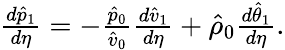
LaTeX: \begin{array}{r}{\frac{d\hat{p}_{1}}{d\eta}=-\frac{\hat{p}_{0}}{\hat{v}_{0}}\frac{d\hat{v}_{1}}{d\eta}+\hat{\rho}_{0}\frac{d\hat{\theta}_{1}}{d\eta}.}\end{array}